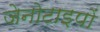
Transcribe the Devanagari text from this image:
जेनोटाइपों